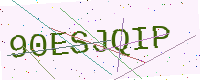
Text: 90ESJQIP